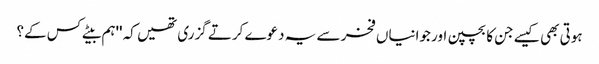
ہوتی بھی کیسے جن کا بچپن اور جوانیاں فخر سے یہ دعوے کرتے گزری تھیں کہ ''ہم بیٹے کس کے؟